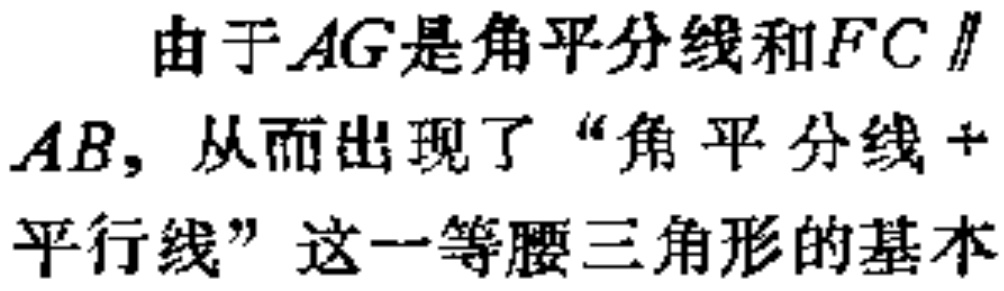
由于$AG$是角平分线和$FC \parallel AB$，从而出现了“角平分线+平行线”这一等腰三角形的基本